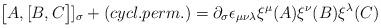
LaTeX: \begin{align*}\bigl\lbrack A ,\lbrack B,C \bigr\rbrack\rbrack_\sigma + (cycl. perm.)=\partial _\sigma \epsilon _{\mu\nu\lambda}\xi^\mu (A)\xi^\nu(B)\xi^\lambda(C)\end{align*}